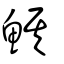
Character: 鯕